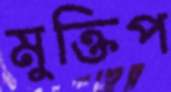
মুক্তিপ